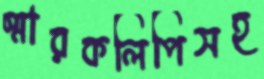
স্মারকলিপিসহ